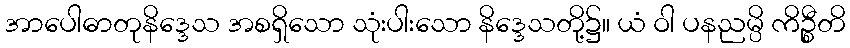
အာပေါဓာတုနိဒ္ဒေသ အစရှိသော သုံးပါးသော နိဒ္ဒေသတို့၌။ ယံ ဝါ ပနညမ္ပိ ကိဉ္စီတိ